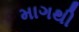
માગથી